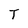
Character: T